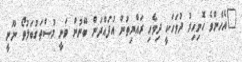
"އެހެންވެ ހޮނިހިރު ދުވަހަކީ ދިވެހި ރައްޔިތުން އުފައްދަން ބޭނުން ވަނީ މުސްތަގުބަލުތޯ ނޫނީ